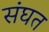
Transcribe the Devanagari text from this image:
संघत